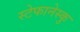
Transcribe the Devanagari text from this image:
स्टेफानेस्कु